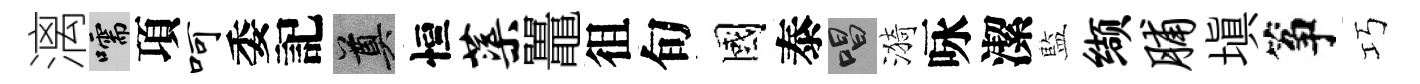
漓嚅項呵委記奠恒蕖鼉徂旬國泰唱漪咏潔藍缬脯塡筝巧